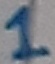
Text: 1